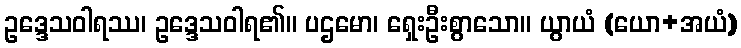
ဥဒ္ဒေသဝါရဿ၊ ဥဒ္ဒေသဝါရ၏။ ပဌမော၊ ရှေးဦးစွာသော။ ယွာယံ (ယော+အယံ)